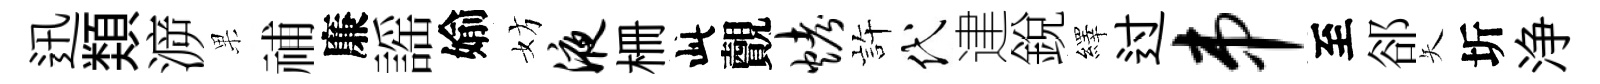
迅𩔖㴑果𥙷廉謡媮妨液栅此覿烤静代䢖銳繹过串至郤矢圻浄